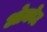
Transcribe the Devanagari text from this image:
ओकोट